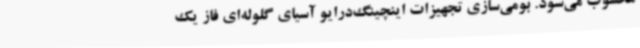
محسوب می‌شود. بومی‌سازی تجهیزات اینچینگ‌درایو آسیای گلوله‌ای فاز یک